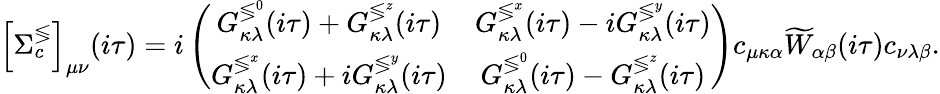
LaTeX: \left[\Sigma_{c}^{\lessgtr}\right]_{\mu\nu}(i\tau)=i\left(\begin{array}{cc}{G_{\kappa\lambda}^{\lessgtr^{0}}(i\tau)+G_{\kappa\lambda}^{\lessgtr^{z}}(i\tau)}&{G_{\kappa\lambda}^{\lessgtr^{x}}(i\tau)-iG_{\kappa\lambda}^{\lessgtr^{y}}(i\tau)}\\ {G_{\kappa\lambda}^{\lessgtr^{x}}(i\tau)+iG_{\kappa\lambda}^{\lessgtr^{y}}(i\tau)}&{G_{\kappa\lambda}^{\lessgtr^{0}}(i\tau)-G_{\kappa\lambda}^{\lessgtr^{z}}(i\tau)}\end{array}\right)c_{\mu\kappa\alpha}\widetilde{W}_{\alpha\beta}(i\tau)c_{\nu\lambda\beta}.